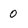
Character: 0